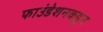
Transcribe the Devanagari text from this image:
फाउंडेशनकडून